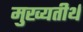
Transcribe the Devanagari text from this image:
मुख्यतीर्थ